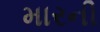
મારની